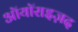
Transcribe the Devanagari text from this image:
ऑयॉराइज़द